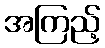
အကြည့်